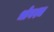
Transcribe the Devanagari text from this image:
भोगश्च